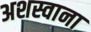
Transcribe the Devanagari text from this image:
अशस्वाना